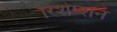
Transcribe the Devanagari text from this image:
रिशेप्शन